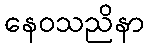
နေဝသညိနာ